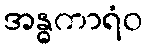
အန္ဓကာရံဝ